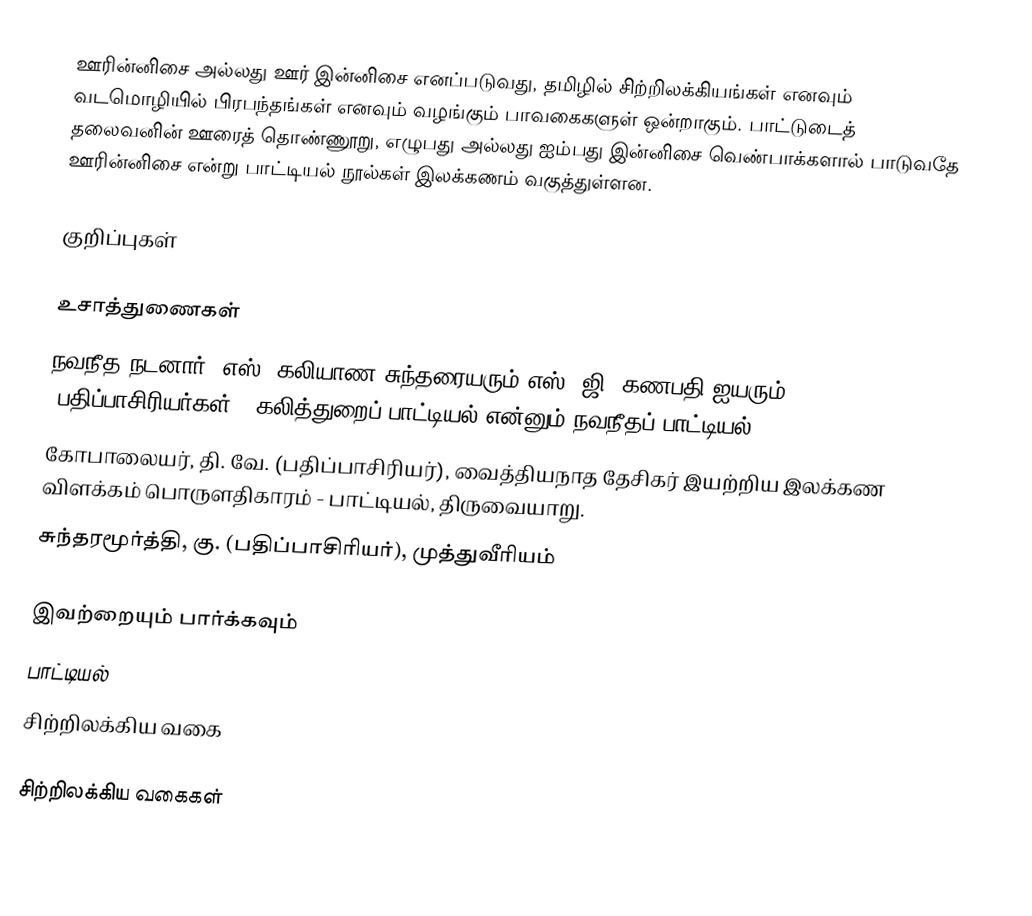
ஊரின்னிசை அல்லது ஊர் இன்னிசை எனப்படுவது, தமிழில் சிற்றிலக்கியங்கள் எனவும் வடமொழியில் பிரபந்தங்கள் எனவும் வழங்கும் பாவகைகளுள் ஒன்றாகும்.  பாட்டுடைத் தலைவனின் ஊரைத் தொண்ணூறு, எழுபது அல்லது ஐம்பது இன்னிசை வெண்பாக்களால் பாடுவதே ஊரின்னிசை என்று பாட்டியல் நூல்கள் இலக்கணம் வகுத்துள்ளன.

குறிப்புகள்

உசாத்துணைகள்
 நவநீத நடனார், எஸ். கலியாண சுந்தரையரும் எஸ், ஜி. கணபதி ஐயரும் (பதிப்பாசிரியர்கள்), கலித்துறைப் பாட்டியல் என்னும் நவநீதப் பாட்டியல்
 கோபாலையர், தி. வே. (பதிப்பாசிரியர்), வைத்தியநாத தேசிகர் இயற்றிய இலக்கண விளக்கம் பொருளதிகாரம் - பாட்டியல், திருவையாறு.
 சுந்தரமூர்த்தி, கு. (பதிப்பாசிரியர்), முத்துவீரியம்

இவற்றையும் பார்க்கவும்
 பாட்டியல்
 சிற்றிலக்கிய வகை

சிற்றிலக்கிய வகைகள்